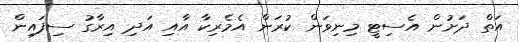
އަތް ދަށުން އެސިޓީ މިނިވަން ކުރަން އެމެރިކާ އާއި އަދި އިރާގު ސިފައިން